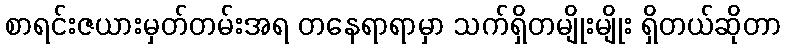
စာရင်းဇယားမှတ်တမ်းအရ တနေရာရာမှာ သက်ရှိတမျိုးမျိုး ရှိတယ်ဆိုတာ